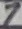
Text: 7